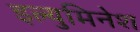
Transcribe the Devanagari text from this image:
इल्युमिनेश